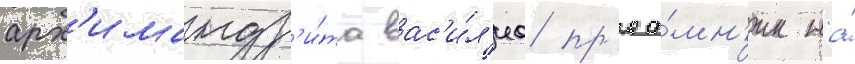
арх'имандр'и́та вас'и́л'иа пр'ее́мн'ик на́